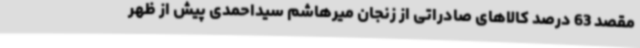
مقصد 63 درصد کالاهای صادراتی از زنجان میرهاشم سیداحمدی پیش از ظهر